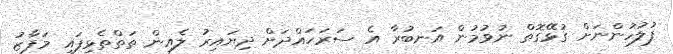
ފުލުހުންނަށް ގުޅޭގޮތް ނުވުމުން އަނބުރާ އެ ސަރަހައްދަށް ދިޔައިރު ލެއިން ތަތްތެޅިފައި މަފާޒު